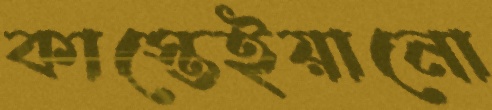
কাস্তেইয়ানো